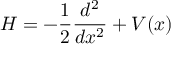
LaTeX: H = - \frac 1 2 \frac { d ^ { 2 } } { d x ^ { 2 } } + V ( x )